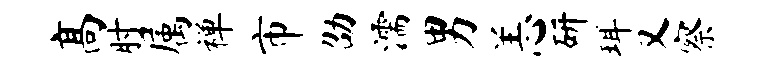
高肘属禅市劭濡男恙研珥又察